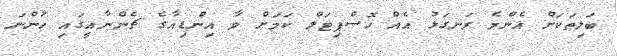
ބަލިތަކަށް އެންމެ ރަނގަޅު އެއް ހޮސްޕިޓަލް ކަމަށް ވާ އިންޑިއާގެ ޗެންނާއީގައި ހުންނަ